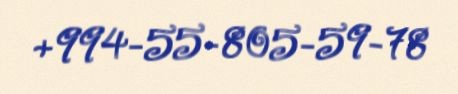
+994-55-805-59-78